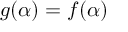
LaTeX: g ( \alpha ) = f ( \alpha )